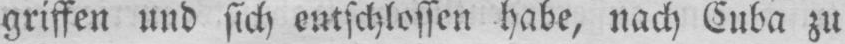
griffen und sich entschlossen habe, nach Cuba zu